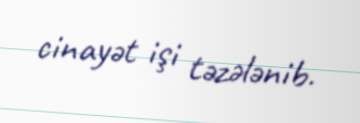
cinayət işi təzələnib.